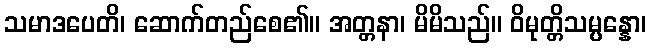
သမာဒပေတိ၊ ဆောက်တည်စေ၏။ အတ္တနာ၊ မိမိသည်။ ဝိမုတ္တိသမ္ပန္နော၊